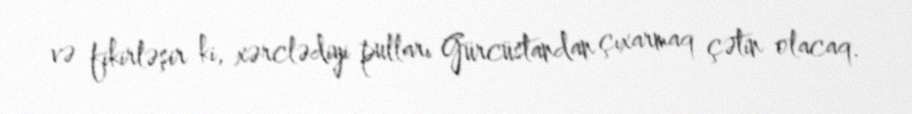
və fikirləşir ki, xərclədiyi pulları Gürcüstandan çıxarmaq çətin olacaq.